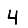
Digit: 4